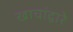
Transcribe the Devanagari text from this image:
खाचांद्वारे